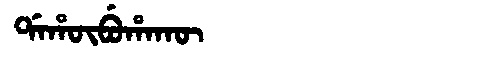
Manchu: ᡩᠠᡥᡡᠪᡠᡥᠠᡴᡡ
Romanization: DAHŪBUHAKŪ